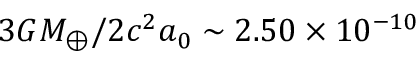
{ 3 G M _ { \oplus } } / { 2 c ^ { 2 } a _ { 0 } } \sim 2 . 5 0 \times 1 0 ^ { - 1 0 }